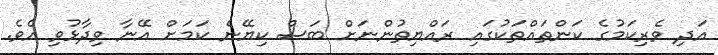
އަދި ވެރިކަމުގެ ކަންތައްތަކުގައި ރައްޔިތުންނަށް ބަސް ކިޔޭނެ ކަމަށް އޭނާ ވިދާޅުވި އެވެ.